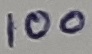
Text: 100